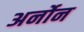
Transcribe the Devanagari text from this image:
अर्नोन